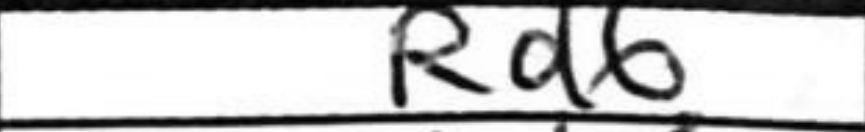
Transcription: Rd6